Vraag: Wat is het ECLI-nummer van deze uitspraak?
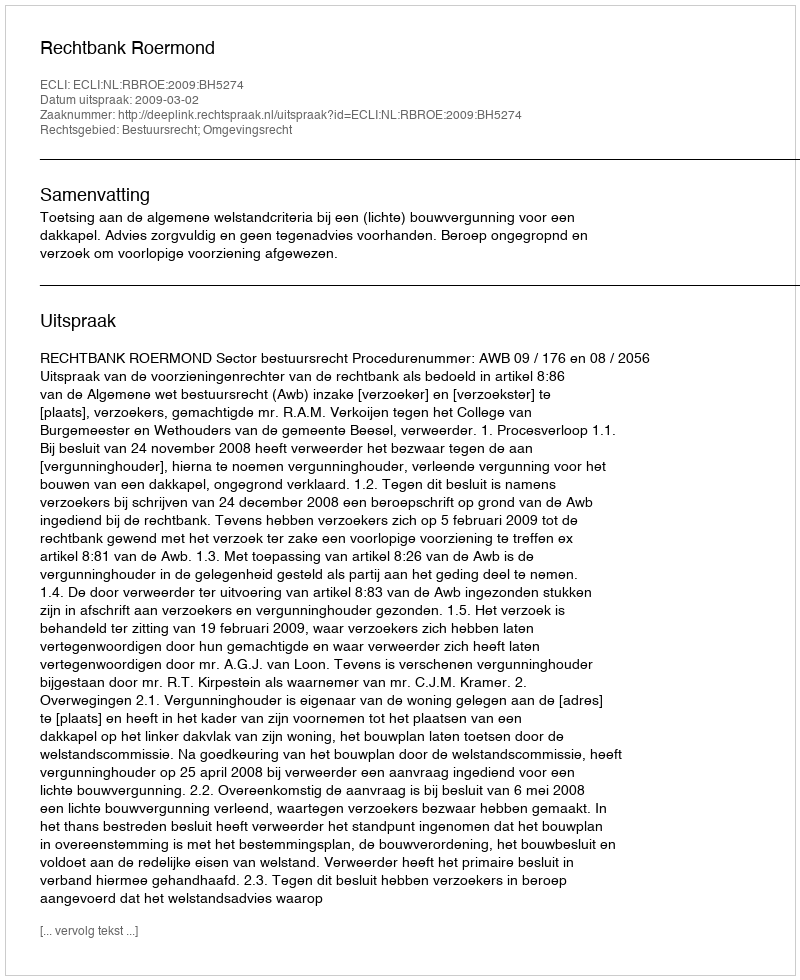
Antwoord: ECLI:NL:RBROE:2009:BH5274